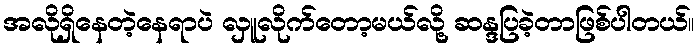
အလိုရှိနေတဲ့နေရာပဲ လှူလိုက်တော့မယ်လို့ ဆန္ဒပြခဲ့တာဖြစ်ပါတယ်။